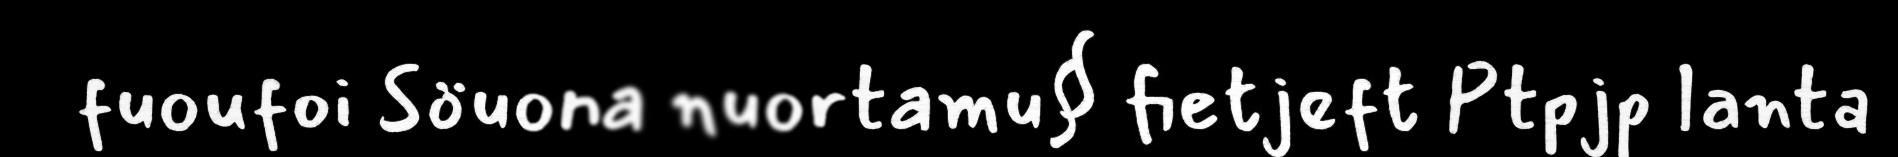
fuoufoi Söuona nuortamu§ fietjeft Ptpjp lanta